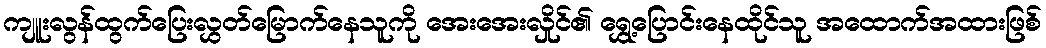
ကျူးလွန်ထွက်ပြေးလွှတ်မြောက်နေသူကို အေးအေးလှိုင်၏ ရွှေ့ပြောင်းနေထိုင်သူ အထောက်အထားဖြစ်